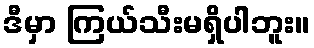
ဒီမှာ ကြယ်သီးမရှိပါဘူး။